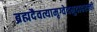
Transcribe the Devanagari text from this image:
ब्रह्मदैवत्यामृग्वेदमुदाहरन्तीं